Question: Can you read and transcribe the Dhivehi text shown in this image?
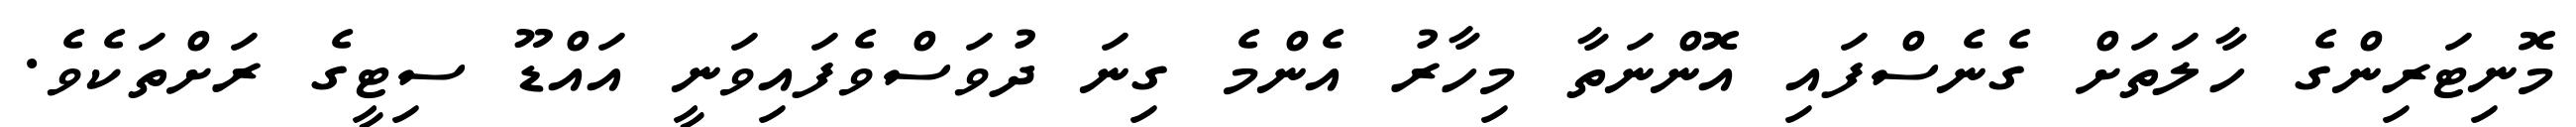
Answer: މޮނިޓަރިންގެ ހާލަތަށް ގެނެސްފައި އޮންނަތާ މިހާރު އެންމެ ގިނަ ދުވަސްވެފައިވަނީ އައްޑޫ ސިޓީގެ ރަށްތަކެވެ.